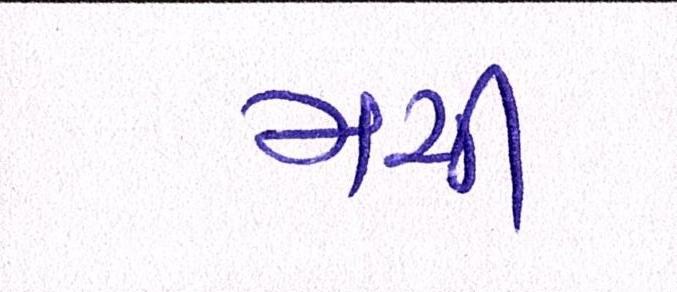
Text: મચી